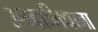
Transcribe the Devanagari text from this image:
अम्बाभिधाना